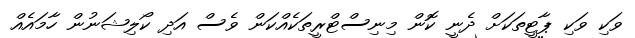
ވަކި ވަކި ޕާޓީތަކަށް ދެނީ ކޮން މިނިސްޓްރީތަކެއްކަން ވެސް އަދި ކޯލިޝަނުން ހާމައެއް